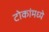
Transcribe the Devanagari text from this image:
टोकांमध्ये